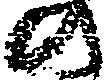
の